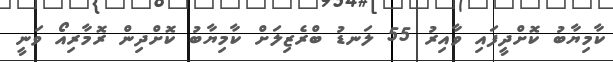
ކާމިޔާބު ކޮށްދީފައި ވާއިރު 55 ލަނޑު ބްރެޒިލަށް ކާމިޔާބު ކޮށްދިން ރޮމާރިއޯ ވަނީ